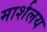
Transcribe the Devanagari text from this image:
मार्शलय